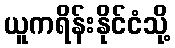
ယူကရိန်းနိုင်ငံသို့